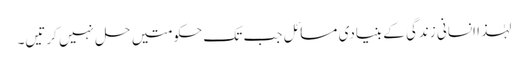
لہٰذا انسانی زندگی کے بنیادی مسائل جب تک حکومتیں حل نہیں کرتیں۔